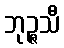
ဘုဉ္ဇသီ